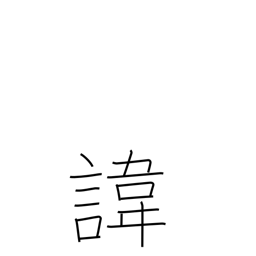
Meaning: posthumous (real) name